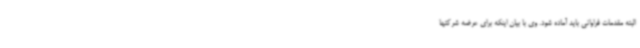
البته مقدمات فراوانی باید آماده شود. وی با بیان اینکه برای عرضه شرکتها